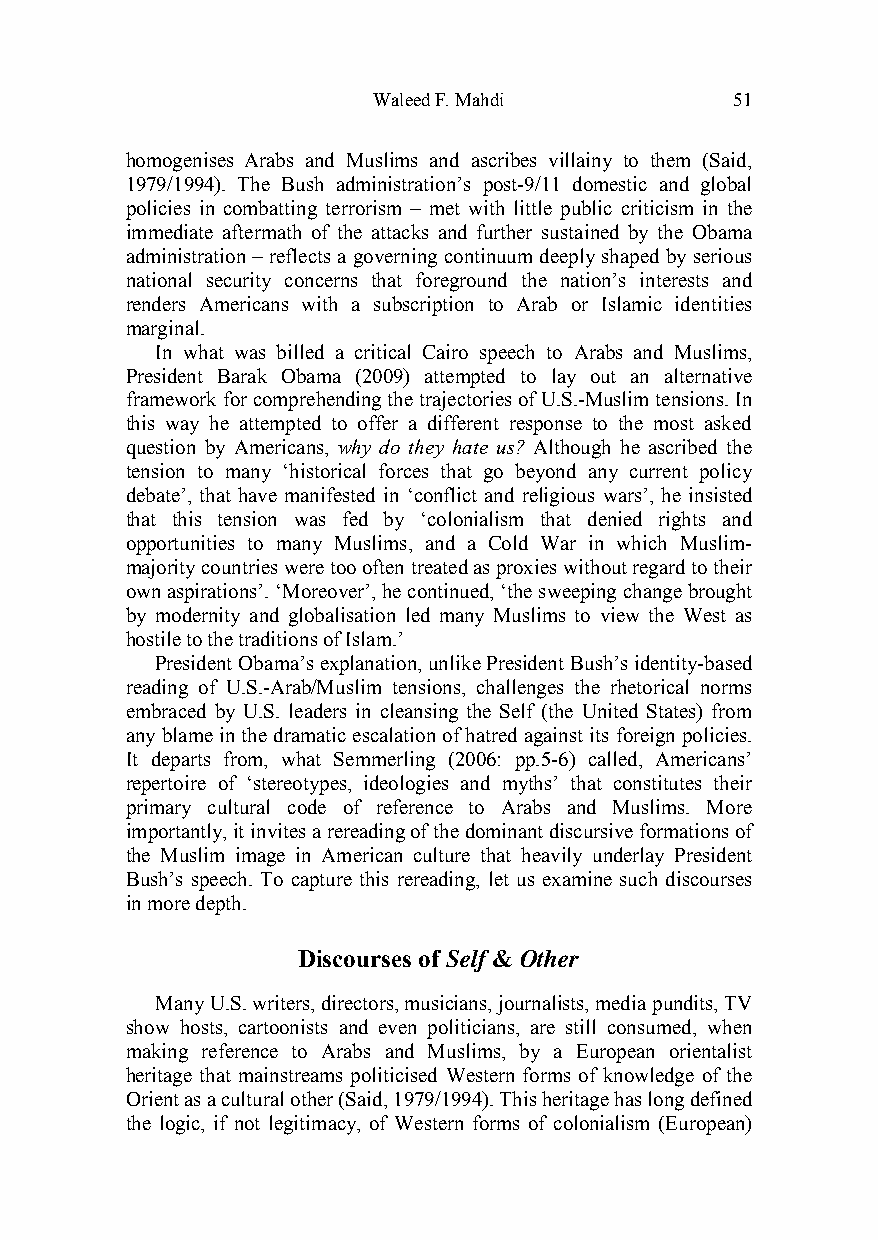
Waleed F. Mahdi         51
 homogenises Arabs and Muslims and ascribes villainy to them (Said,
 1979/1994). The Bush administration’s post-9/11 domestic and global
 policies in combatting terrorism – met with little public criticism in the
 immediate aftermath of the attacks and further sustained by the Obama
 administration – reflects a governing continuum deeply shaped by serious
 national security concerns that foreground the nation’s interests and
 renders Americans with a subscription to Arab or Islamic identities
 marginal.
 In what was billed a critical Cairo speech to Arabs and Muslims,
 President Barak Obama (2009) attempted to lay out an alternative
 framework for comprehending the trajectories of U.S.-Muslim tensions. In
 this way he attempted to offer a different response to the most asked
 question by Americans, why do they hate us? Although he ascribed the
 tension to many ‘historical forces that go beyond any current policy
 debate’, that have manifested in ‘conflict and religious wars’, he insisted
 that this tension was fed by ‘colonialism that denied rights and
 opportunities to many Muslims, and a Cold War in which Muslim-
 majority countries were too often treated as proxies without regard to their
 own aspirations’. ‘Moreover’, he continued, ‘the sweeping change brought
 by modernity and globalisation led many Muslims to view the West as
 hostile to the traditions of Islam.’
 President Obama’s explanation, unlike President Bush’s identity-based
 reading of U.S.-Arab/Muslim tensions, challenges the rhetorical norms
 embraced by U.S. leaders in cleansing the Self (the United States) from
 any blame in the dramatic escalation of hatred against its foreign policies.
 It departs from, what Semmerling (2006: pp.5-6) called, Americans’
 repertoire of ‘stereotypes, ideologies and myths’ that constitutes their
 primary cultural code of reference to Arabs and Muslims. More
 importantly, it invites a rereading of the dominant discursive formations of
 the Muslim image in American culture that heavily underlay President
 Bush’s speech. To capture this rereading, let us examine such discourses
 in more depth.
 Discourses of Self & Other
 Many U.S. writers, directors, musicians, journalists, media pundits, TV
 show hosts, cartoonists and even politicians, are still consumed, when
 making reference to Arabs and Muslims, by a European orientalist
 heritage that mainstreams politicised Western forms of knowledge of the
 Orient as a cultural other (Said, 1979/1994). This heritage has long defined
 the logic, if not legitimacy, of Western forms of colonialism (European)